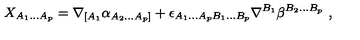
X _ { A _ { 1 } . . . A _ { p } } = \nabla _ { [ A _ { 1 } } \alpha _ { A _ { 2 } . . . A _ { p } ] } + \epsilon _ { A _ { 1 } . . . A _ { p } B _ { 1 } . . . B _ { p } } \nabla ^ { B _ { 1 } } \beta ^ { B _ { 2 } . . . B _ { p } } \ ,